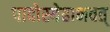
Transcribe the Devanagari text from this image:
पादोस्येहाभवत्